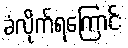
ခံလိုက်ရကြောင်း